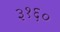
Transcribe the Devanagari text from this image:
३१६०